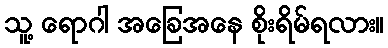
သူ့ ရောဂါ အခြေအနေ စိုးရိမ်ရလား။